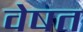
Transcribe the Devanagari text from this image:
वेषत